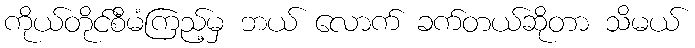
ကိုယ်တိုင်စီမံကြည့်မှ ဘယ် လောက် ခက်တယ်ဆိုတာ သိမယ်